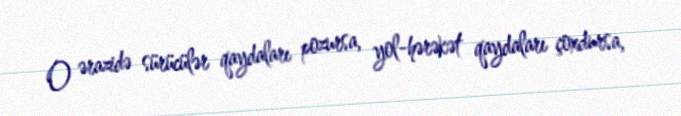
O ərazidə sürücülər qaydaları pozursa, yol-hərəkət qaydaları çoxdursa,